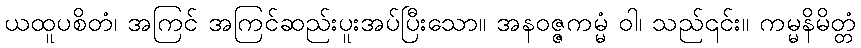
ယထူပစိတံ၊ အကြင် အကြင်ဆည်းပူးအပ်ပြီးသော။ အနဝဇ္ဇကမ္မံ ဝါ၊ သည်၎င်း။ ကမ္မနိမိတ္တံ